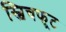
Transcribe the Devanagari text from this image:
स्विचफूट